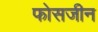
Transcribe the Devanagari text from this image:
फोसजीन